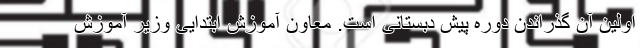
اولین آن گذراندن دوره پیش دبستانی است. معاون آموزش ابتدایی وزیر آموزش